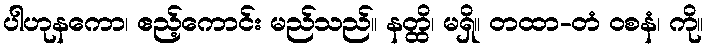
ပါဟုနကော၊ ဧည့်ကောင်း မည်သည်။ နတ္ထိ၊ မရှိ။ တထာ-တံ ဝစနံ၊ ကို။